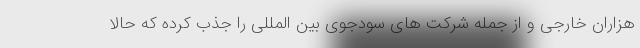
هزاران خارجی و از جمله شرکت های سودجوی بین المللی را جذب کرده که حالا